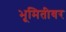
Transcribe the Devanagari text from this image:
भूमितीवर